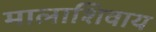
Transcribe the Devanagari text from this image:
मालाशिवाय